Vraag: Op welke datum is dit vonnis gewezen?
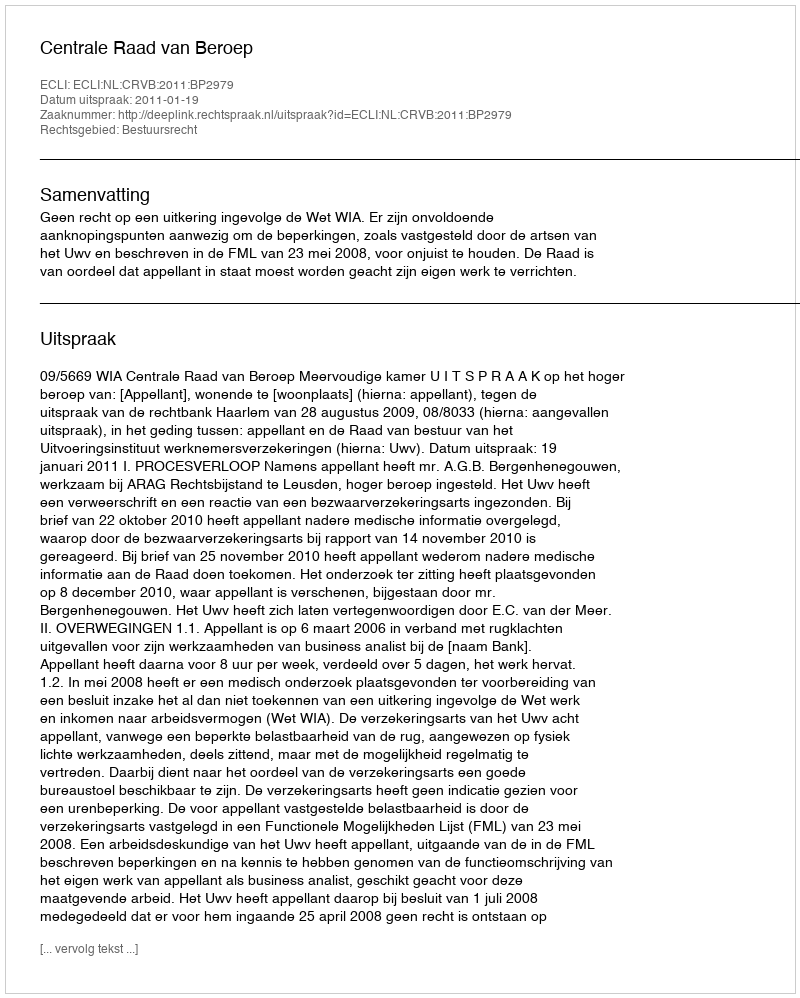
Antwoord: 2011-01-19